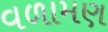
વળામણ